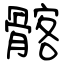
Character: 髂